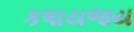
કષાયજય